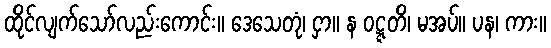
ထိုင်လျက်သော်လည်းကောင်း။ ဒေသေတုံ၊ ငှာ။ န ဝဋ္ဋတိ၊ မအပ်။ ပန၊ ကား။